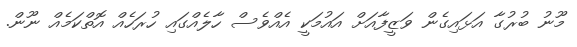
މޫނު ބުރުގާ އަޅައިގެން ވަޒީފާއަށް އައުމަކީ އެއްވެސް ހާލެއްގައި ހުރަހެއް އޮތްކަމެއް ނޫން.